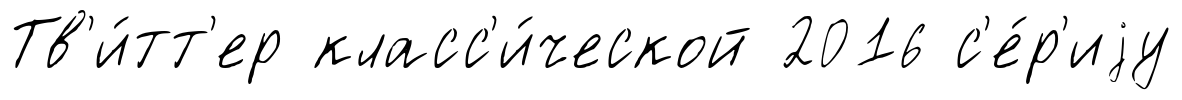
Тв'и́тт'ер класс'и́ческой 2016 с'е́р'иjу